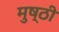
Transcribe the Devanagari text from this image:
मुष्ठी